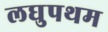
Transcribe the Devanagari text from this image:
लघुपथम